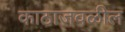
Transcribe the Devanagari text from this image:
काठाजवळील